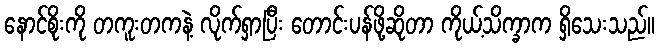
နောင်စိုးကို တကူးတကနဲ့ လိုက်ရှာပြီး တောင်းပန်ဖို့ဆိုတာ ကိုယ့်သိက္ခာက ရှိသေးသည်။